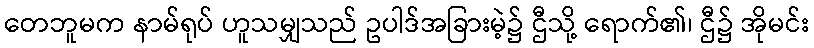
တေဘူမက နာမ်ရုပ် ဟူသမျှသည် ဥပါဒ်အခြားမဲ့၌ ဌီသို့ ရောက်၏၊ ဌီ၌ အိုမင်း